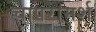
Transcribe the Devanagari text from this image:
चापरामर्श